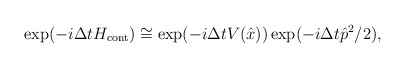
\begin{align*}\exp(-i\Delta t H_{\rm cont}) \cong \exp(-i\Delta t V(\hat{x})) \exp(-i\Delta t \hat{p}^{2}/2), \end{align*}